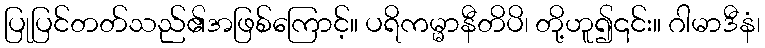
ပြုပြင်တတ်သည်၏အဖြစ်ကြောင့်။ ပရိကမ္မာနီတိပိ၊ တို့ဟူ၍၎င်း။ ဂါမာဒီနံ၊